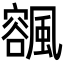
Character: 𩘨